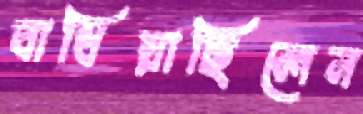
বাধিয়াছিলেন